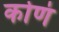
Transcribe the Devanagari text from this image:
कोणं